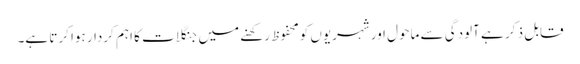
قابل ذ کر ہے آلودگی سے ماحول اور شہریوں کومحفوظ رکھنے میں جنگلات کا اہم کردار ہوا کرتا ہے۔